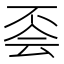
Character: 𠀾